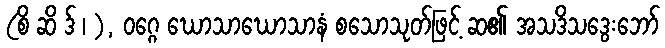
(စိ ဆိ ဒ် ၊ ), ဝဂ္ဂေ ဃောသာဃောသာနံ စသောသုတ်ဖြင့် ဆ၏ အသဒိသဒွေးဘော်